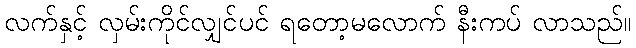
လက်နှင့် လှမ်းကိုင်လျှင်ပင် ရတော့မလောက် နီးကပ် လာသည်။